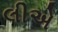
લીએ